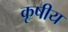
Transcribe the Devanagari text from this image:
कृषीय